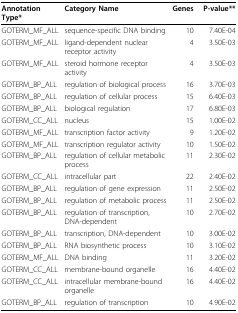
| Annotation Type* | Category Name | Genes | P-value** |
 | --- | --- | --- | --- |
 | GOTERM_MF_ALL | sequence-specific DNA binding | 10 | 7.40E-04 |
 | GOTERM_MF_ALL | ligand-dependent nuclear receptor activity | 4 | 3.50E-03 |
 | GOTERM_MF_ALL | steroid hormone receptor activity | 4 | 3.50E-03 |
 | GOTERM_BP_ALL | regulation of biological process | 16 | 3.70E-03 |
 | GOTERM_BP_ALL | regulation of cellular process | 15 | 6.40E-03 |
 | GOTERM_BP_ALL | biological regulation | 17 | 6.80E-03 |
 | GOTERM_CC_ALL | nucleus | 15 | 1.00E-02 |
 | GOTERM_MF_ALL | transcription factor activity | 9 | 1.20E-02 |
 | GOTERM_MF_ALL | transcription regulator activity | 10 | 1.50E-02 |
 | GOTERM_BP_ALL | regulation of cellular metabolic process | 11 | 2.30E-02 |
 | GOTERM_CC_ALL | intracellular part | 22 | 2.40E-02 |
 | GOTERM_BP_ALL | regulation of gene expression | 11 | 2.50E-02 |
 | GOTERM_BP_ALL | regulation of metabolic process | 11 | 2.50E-02 |
 | GOTERM_BP_ALL | regulation of transcription, DNA-dependent | 10 | 2.70E-02 |
 | GOTERM_BP_ALL | transcription, DNA-dependent | 10 | 3.00E-02 |
 | GOTERM_BP_ALL | RNA biosynthetic process | 10 | 3.10E-02 |
 | GOTERM_MF_ALL | DNA binding | 11 | 3.20E-02 |
 | GOTERM_CC_ALL | membrane-bound organelle | 16 | 4.40E-02 |
 | GOTERM_CC_ALL | intracellular membrane-bound organelle | 16 | 4.40E-02 |
 | GOTERM_BP_ALL | regulation of transcription | 10 | 4.90E-02 |